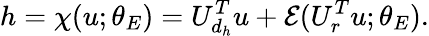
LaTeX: h=\chi(u;\theta_{E})=U_{d_{h}}^{T}u+\mathcal{E}(U_{r}^{T}u;\theta_{E}).